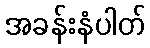
အခန်းနံပါတ်